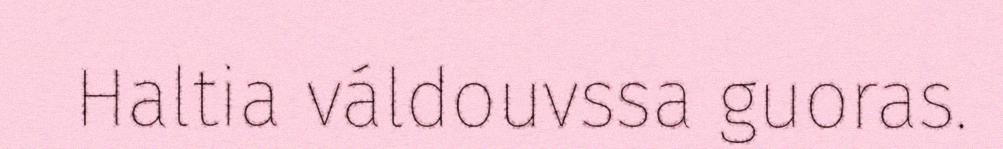
Haltia váldouvssa guoras.